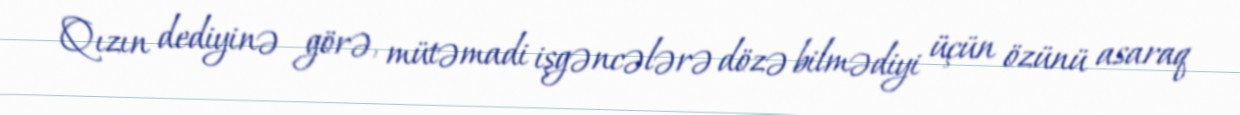
Qızın dediyinə görə, mütəmadi işgəncələrə dözə bilmədiyi üçün özünü asaraq